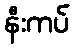
နီးကပ်